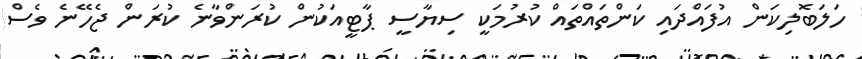
ހަލަބޮލިކަން އުފައްދައި ކަންތައްތައް ކުރުމަކީ ސިޔާސީ ޕާޓީއަކުން ކުރަންވާނެ ކުރަން ޖެހޭނެ ވެސް